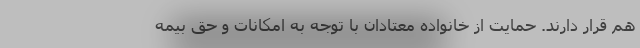
هم قرار دارند. حمایت از خانواده معتادان با توجه به امکانات و حق بیمه